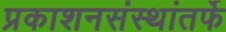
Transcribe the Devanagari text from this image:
प्रकाशनसंस्थांतर्फे